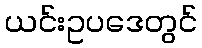
ယင်းဥပဒေတွင်